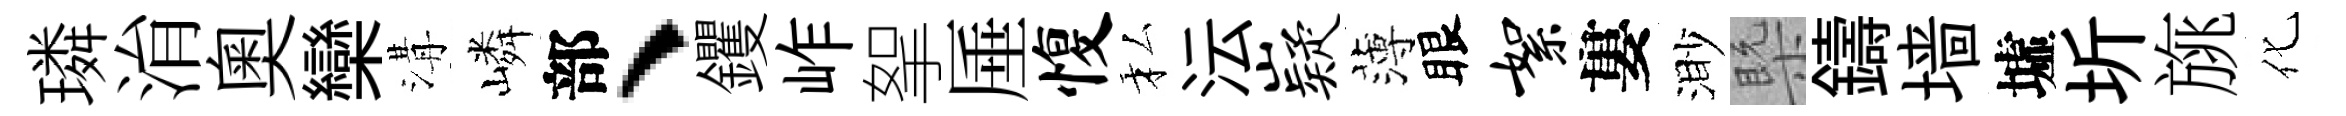
璘㳙奥欒溝嶙部、钁岞挐厜愎私沄嶷薄眼絮婁渺槩鑄墙墟圻旐化